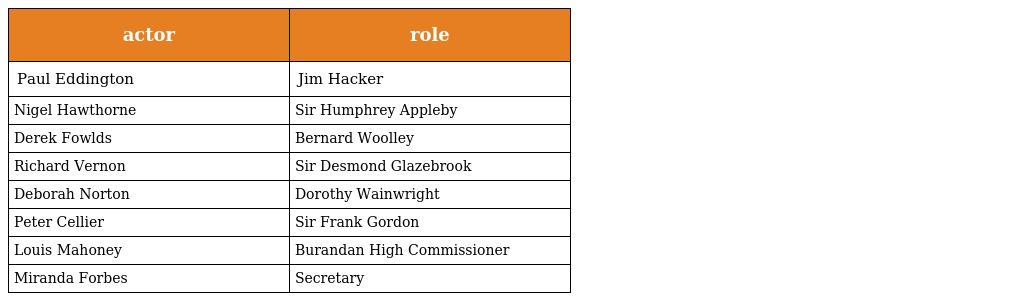
| actor | role |
 | --- | --- |
 | Paul Eddington | Jim Hacker |
 | Nigel Hawthorne | Sir Humphrey Appleby |
 | Derek Fowlds | Bernard Woolley |
 | Richard Vernon | Sir Desmond Glazebrook |
 | Deborah Norton | Dorothy Wainwright |
 | Peter Cellier | Sir Frank Gordon |
 | Louis Mahoney | Burandan High Commissioner |
 | Miranda Forbes | Secretary |